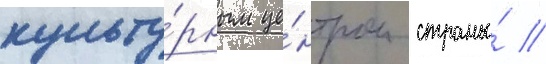
культу́рным це́нтром страны́ //